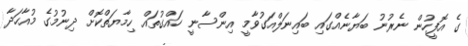
ގެ އޮފީހުން ނެރުނު ބަޔާނެއްގައި ބައިނަލްއަގުވާމީ އިންސާނީ ހައްގުތައް ހިމާޔަތްކޮށް ދިނުމުގެ މުއާހަދާ